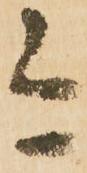
今